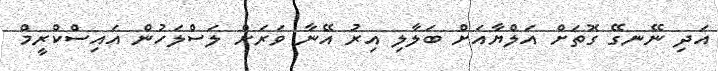
އަދި ނޭނގޭ ގޮތަށް އަލްޔާއަށް ބަލާލި އިރު އޭނާ ވަރަށް ލަސްލަހުން އައިސްކްރީމް